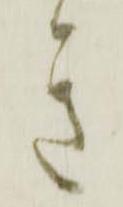
き